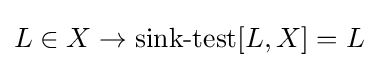
L\in X\to \operatorname {sink-test} [L,X]=L